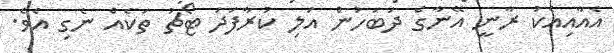
އެއާއިއެކު ރާނީ އޭނާގެ ދަބަހުން އަލި ކުރާފަދަ ޓޯޗު ތަކެއް ނެގި އެވެ.